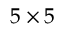
5 \times 5